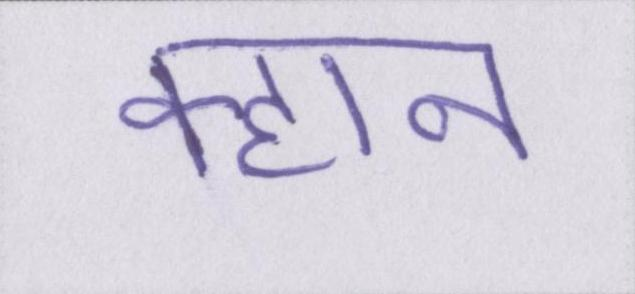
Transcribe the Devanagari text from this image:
क्हान